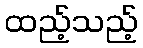
ထည့်သည့်